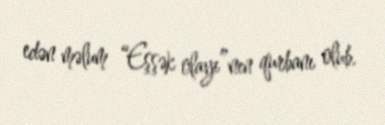
edən məlum “Eşşək olayı”nın qurbanı olub.